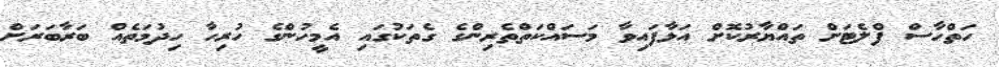
ހަތްހާސް ފްލެޓަށް ތައްޔާރުކޮށް އަޅާފައިވާ މަސައްކަތްތެރިންގެ ގެތަކުގައި އެމީހުންގެ ހުރިހާ ހިދުމަތެއް ބަރާބަރަށް